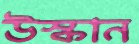
উস্কান